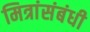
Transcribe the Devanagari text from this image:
मित्रांसंबंधी